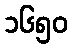
၁၆၅၀